Trukikaitis_Postimees, lk 187
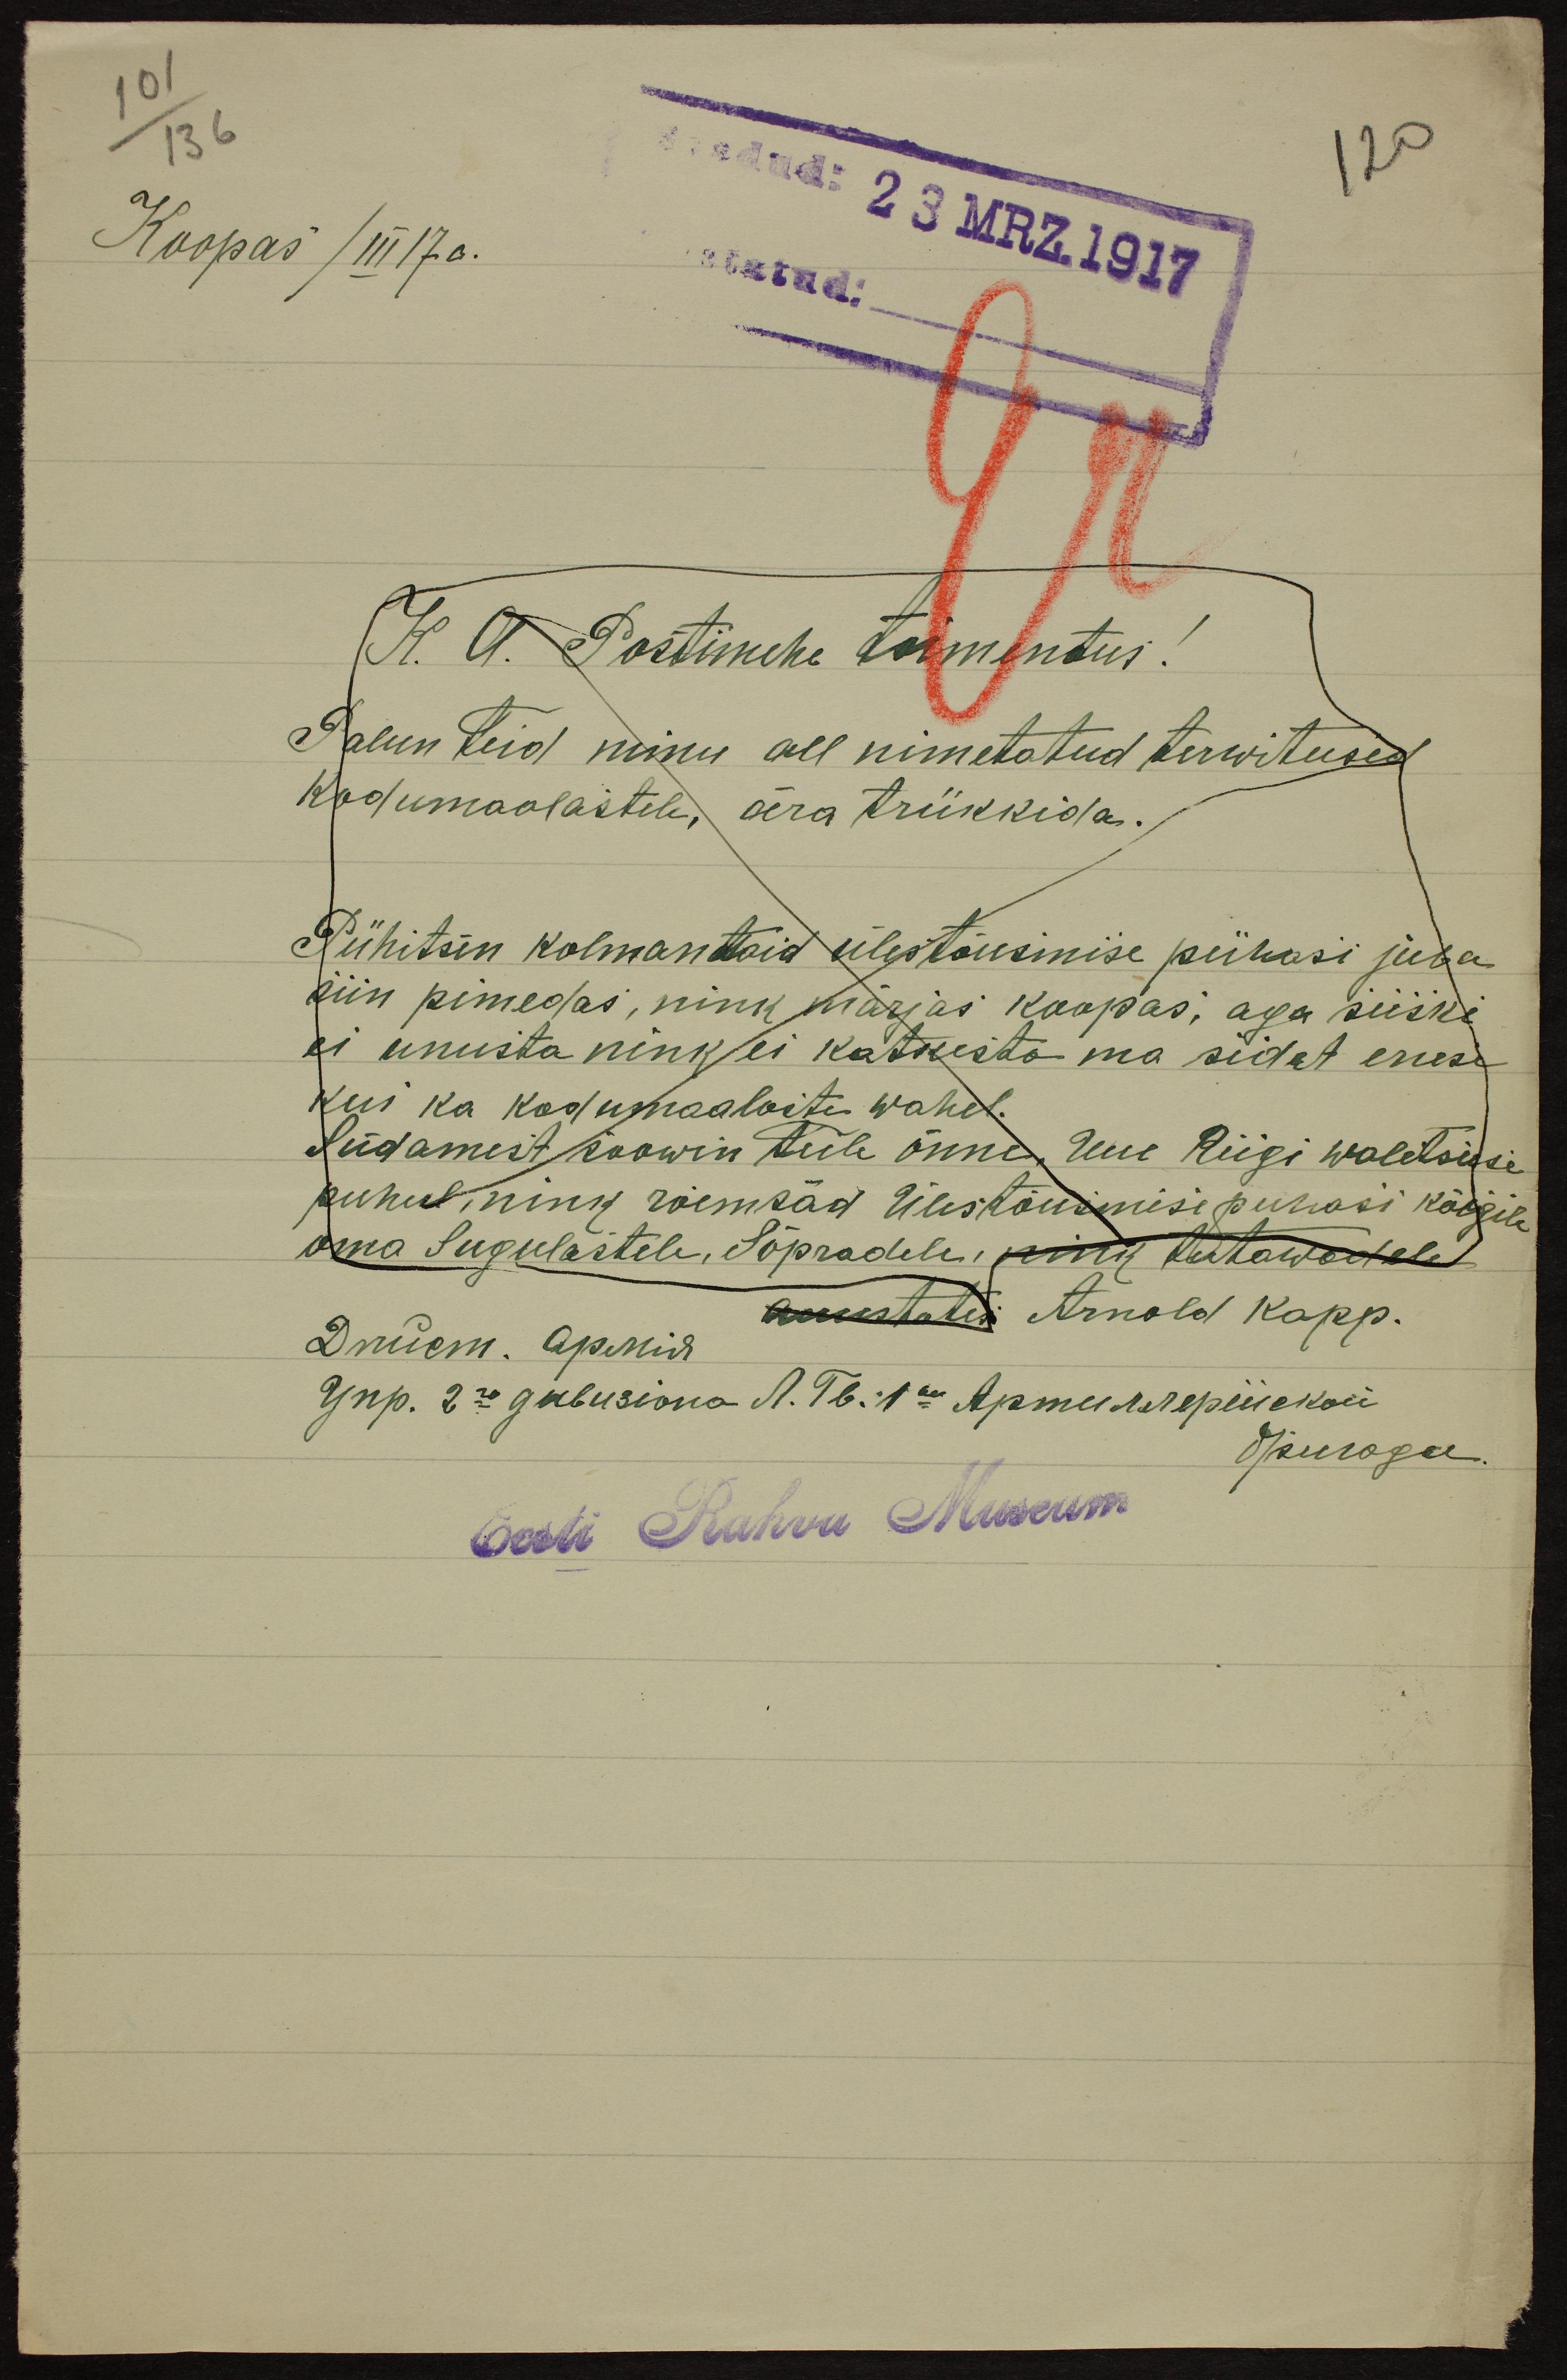
101
136
120
saadud: 23 MRZ. 1917
Koopas /III 17 a.
K. A. Postimehe toimentus!
Palun teid minu all nimetatud terwitused
Kodumaalastele, ära trükkida.
Pühitsen kolmandaid ülestõusmise pühasi juba
siin pimedas, nink märjas koopas, aga siiski
ei unusta nink ei katkesta ma sidet enese
kui ka kodumaalaste wahel.
Südamest soowin teie õnne Uue Riigi walitsuse
puhul ning rõemsad Ülestõusmise pühasi kõigile
oma Sugulastele, Sõpradele, ning tautawatele
austatud Arnold Kapp.
Eesti Rahva Museum